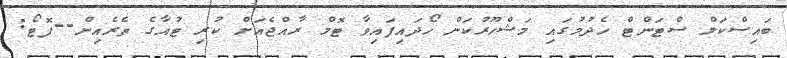
ބައިސްކަލް ސްޓަންޓް ހެދުމުގައި މަޝްހޫރުކަން ހޯދައިފައިވާ ޓޮމް ރާއްޖެއަށް ކުރި ޓުއާގެ ތެރެއިން--ފޮޓޯ: